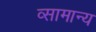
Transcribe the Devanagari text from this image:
व्सामान्य